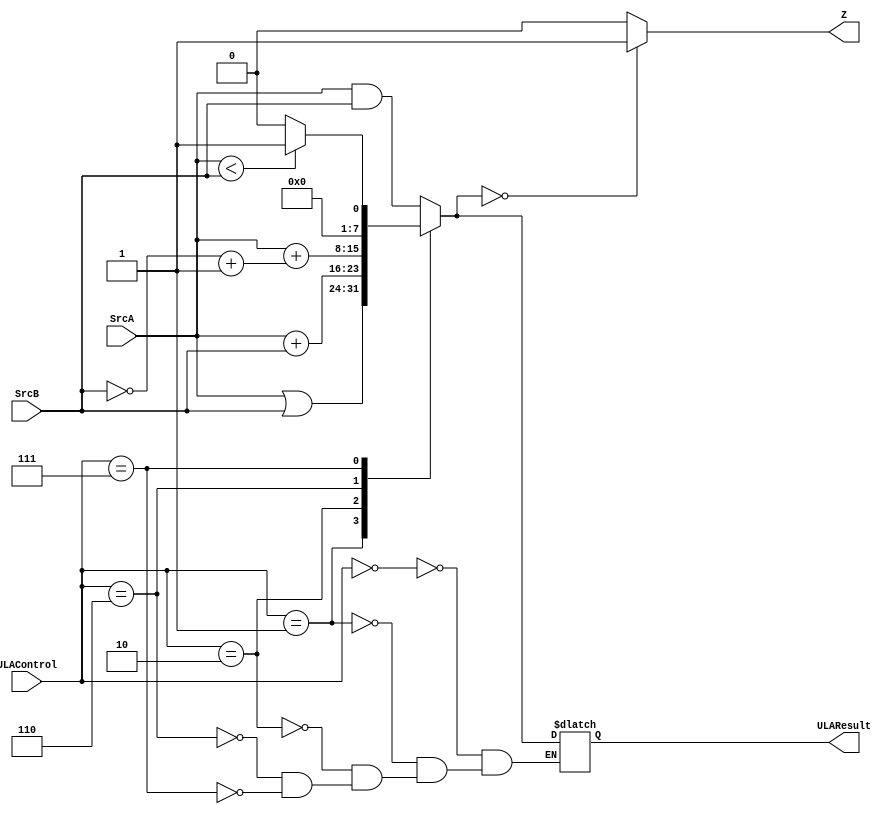
module ULA( input[2:0] ULAControl, input[7:0] SrcA, SrcB, output reg Z, output reg[7:0] ULAResult);
	always@(*)
	begin
		case(ULAControl)
		3'b000: ULAResult = SrcA & SrcB;
		3'b001: ULAResult = SrcA | SrcB; 
		3'b010: ULAResult = SrcA + SrcB; 
		3'b110: ULAResult = SrcA + (~SrcB +1); 
		3'b111: ULAResult = (SrcA < SrcB)?1:0;
		endcase
		Z = (ULAResult ==0)?1:0;
	end
endmodule